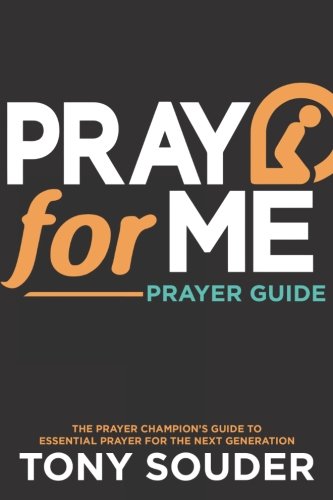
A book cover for Pray for Me; Tony Souder; Religion & Spirituality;